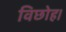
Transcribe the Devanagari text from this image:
विछोह।